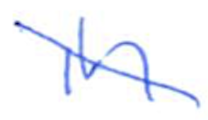
Text: in
Cross-out: mix
Writing tool: ballpoint